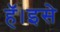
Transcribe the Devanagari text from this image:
हॅ।इसे